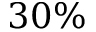
3 0 \%